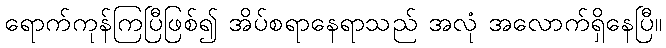
ရောက်ကုန်ကြပြီဖြစ်၍ အိပ်စရာနေရာသည် အလုံ အလောက်ရှိနေပြီ။